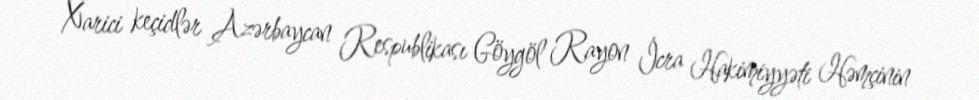
Xarici keçidlər Azərbaycan Respublikası Göygöl Rayon İcra Hakimiyyəti Həmçinin